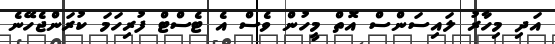
އަދި މިހާރު ލައިސަންސް އޮތް މީހުން ވެސް އެ ޓެސްޓް ފުރިހަމަ ކުރަންޖެހޭނެ